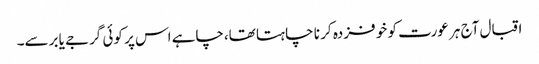
اقبال آج ہر عورت کو خو فزدہ کر نا چا ہتا تھا،چاہے اس پر کوئی گرجے یا برسے۔